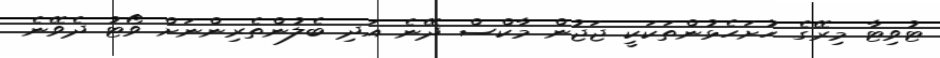
ޓުވިޓާ މިރޭގެ ހުށަހެޅުންތަކަކީ ޖަޖުން މާކްސް ދޭނެ އަދި ބެލުންތެރިންނަށް ވޯޓު ދެވޭނެ